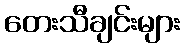
တေးသီချင်းများ